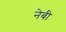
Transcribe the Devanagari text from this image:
नेबी